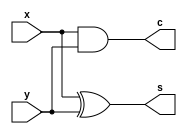
module hadder(x, y, s, c);  // b cng bn phn
input x,y;
output s,c;
xor(s,x,y);
and(c,x,y);
endmodule

module inc1(a,s,cin);   //b tng 1
input[24:0] a;   
input cin;                 // Cin bng 1 th ng ra = ng vo + 1
wire[24:1] b;
output[24:0] s;
//output cout;
hadder hadder1(a[0],cin,s[0],b[1]);
hadder hadder2(a[1],b[1],s[1],b[2]);
hadder hadder3(a[2],b[2],s[2],b[3]);
hadder hadder4(a[3],b[3],s[3],b[4]);
hadder hadder5(a[4],b[4],s[4],b[5]);
hadder hadder6(a[5],b[5],s[5],b[6]);
hadder hadder7(a[6],b[6],s[6],b[7]);
hadder hadder8(a[7],b[7],s[7],b[8]);
hadder hadder9(a[8],b[8],s[8],b[9]);
hadder hadder10(a[9],b[9],s[9],b[10]);
hadder hadder11(a[10],b[10],s[10],b[11]);
hadder hadder12(a[11],b[11],s[11],b[12]);
hadder hadder13(a[12],b[12],s[12],b[13]);
hadder hadder14(a[13],b[13],s[13],b[14]);
hadder hadder15(a[14],b[14],s[14],b[15]);
hadder hadder16(a[15],b[15],s[15],b[16]);
hadder hadder17(a[16],b[16],s[16],b[17]);
hadder hadder18(a[17],b[17],s[17],b[18]);
hadder hadder19(a[18],b[18],s[18],b[19]);
hadder hadder20(a[19],b[19],s[19],b[20]);
hadder hadder21(a[20],b[20],s[20],b[21]);
hadder hadder22(a[21],b[21],s[21],b[22]);
hadder hadder23(a[22],b[22],s[22],b[23]);
hadder hadder24(a[23],b[23],s[23],b[24]);
hadder hadder25(a[24],b[24],s[24],cout);
endmodule

module bu2ifam(A,B);
input[24:0] A;
output[24:0] B;
wire[24:0] t;
not(t[0],A[0]);
not(t[1],A[1]);
not(t[2],A[2]);
not(t[3],A[3]);
not(t[4],A[4]);
not(t[5],A[5]);
not(t[6],A[6]);
not(t[7],A[7]);
not(t[8],A[8]);
not(t[9],A[9]);
not(t[10],A[10]);
not(t[11],A[11]);
not(t[12],A[12]);
not(t[13],A[13]);
not(t[14],A[14]);
not(t[15],A[15]);
not(t[16],A[16]);
not(t[17],A[17]);
not(t[18],A[18]);
not(t[19],A[19]);
not(t[20],A[20]);
not(t[21],A[21]);
not(t[22],A[22]);
not(t[23],A[23]);
not(t[24],A[24]);
inc1 increase1(t[24:0],B,1'b1);
endmodule